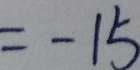
= - 1 5